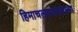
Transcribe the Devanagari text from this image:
हिमाचलपसरलेल्या